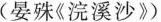
( 晏殊《 浣溪沙 》)